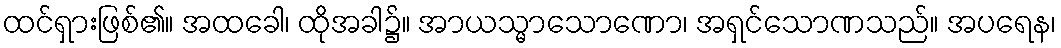
ထင်ရှားဖြစ်၏။ အထခေါ၊ ထိုအခါ၌။ အာယသ္မာသောဏော၊ အရှင်သောဏသည်။ အပရေန၊